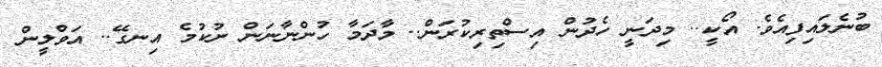
ބުނެލައިފިއެވެ. އޯކީ.. މިދަނީ ހެދުން އިސްތިރިކުރަން.. މާދަމާ ހުންނާނަން ނުކުމެ އިނގޭ.. އަވްލީން